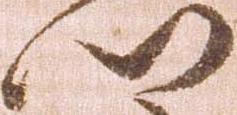
門